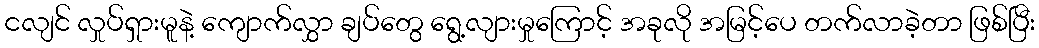
ငလျင် လှုပ်ရှားမူနဲ့ ကျောက်လွှာ ချပ်တွေ ရွေ့လျားမှုကြောင့် အခုလို အမြင့်ပေ တက်လာခဲ့တာ ဖြစ်ပြီး